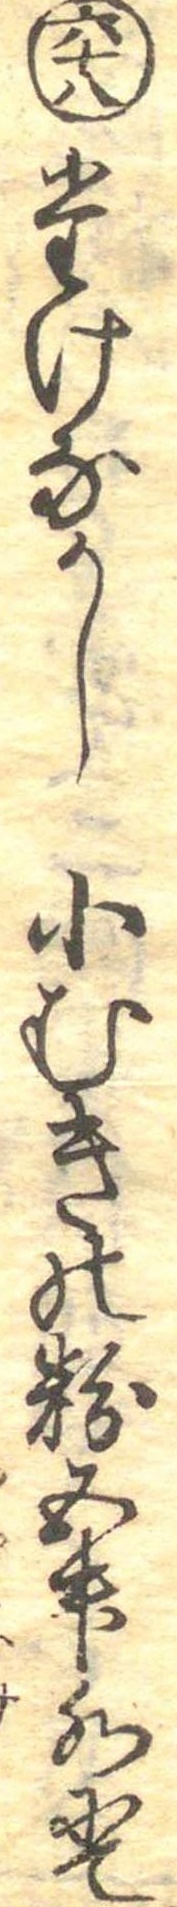
六十八たけなかし小むきの粉五升水にて